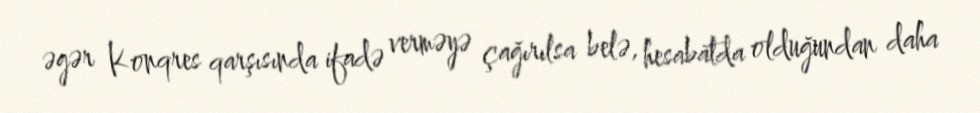
əgər Konqres qarşısında ifadə verməyə çağırılsa belə, hesabatda olduğundan daha